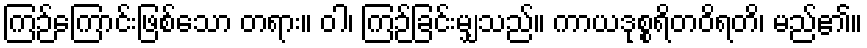
ကြဉ်ကြောင်းဖြစ်သော တရား။ ဝါ၊ ကြဉ်ခြင်းမျှသည်။ ကာယဒုစ္စရိတဝိရတိ၊ မည်၏။